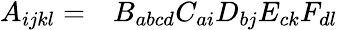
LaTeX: \begin{array}{rl}{A_{ijkl}=}&{{}B_{abcd}C_{ai}D_{bj}E_{ck}F_{dl}}\end{array}